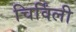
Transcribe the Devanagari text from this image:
चिर्विंली